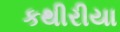
કથીરીયા